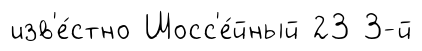
изв'е́стно Шосс'е́йный 23 3-й